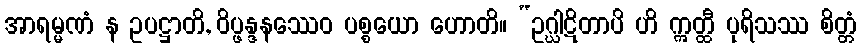
အာရမ္မဏံ န ဥပဋ္ဌာတိ, ဝိပ္ဖန္ဒနဿေဝ ပစ္စယော ဟောတိ။ “ဥဂ္ဃါဋိတာပိ ဟိ ဣတ္ထီ ပုရိသဿ စိတ္တံ